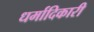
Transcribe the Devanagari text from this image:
धर्मादिकारी